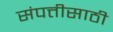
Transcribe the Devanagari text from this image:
संपत्तीसाठी